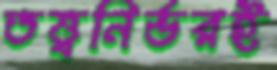
তত্ত্বনির্ভরই